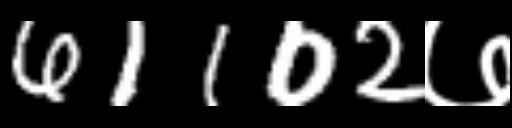
Text: 61102७